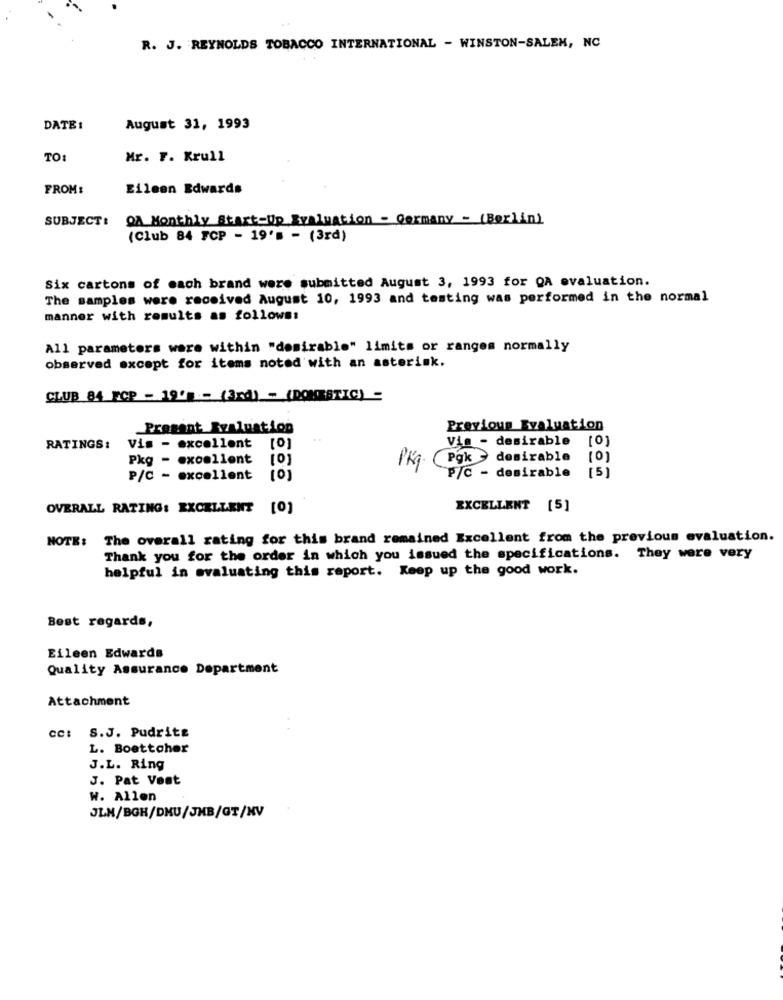
R. J. REYNOLDS TOBACCO INTERNATIONAL - WINSTON-SALEM, NC
DATE :
August 31, 1993
TO:
Mr. F. Krull
FROM:
Eileen Edwards
SUBJECT: QA Monthly Start-Up Evaluation - Germany - (Berlin)
(Club 84 FCP - 19's - (3rd)
Six cartons of each brand were submitted August 3, 1993 for QA evaluation.
The samples were received August 10, 1993 and testing was performed in the normal
manner with results as follows:
All parameters ware within "desirable" limits or ranges normally
observed except for items noted with an asterisk.
CLUB 84 FCP - 19' - (3rd) - (DOMESTIC) -
Present Evaluation
Previous Evaluation
Vis - desirable
RATINGS:
Vis - excellent
Pkg - excellent
[0]
Pkq (Pgk > desirable
[0]
[5]
P/C - excellent
P/C - desirable
OVERALL RATING: EXCELLENT [0]
EXCELLENT [5]
NOTE: The overall rating for this brand remained Excellent from the previous evaluation.
Thank you for the order in which you issued the specifications. They were very
helpful in evaluating this report. Keep up the good work.
Best regards,
Eileen Edwards
Quality Assurance Department
Attachment
cc: S.J. Pudrite
L. Boettoher
J.L. Ring
J. Pat Vest
W. Allen
JLM/BGH/DKU/JHB/GT/XV